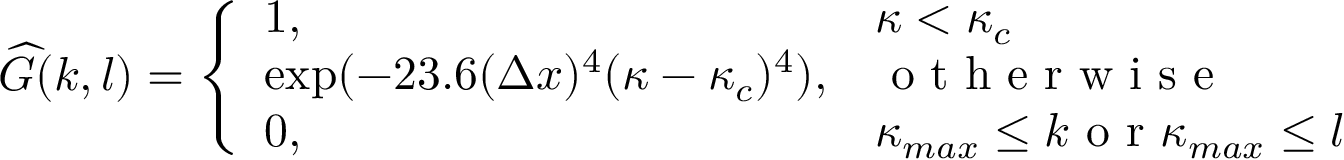
\widehat { G } ( k , l ) = \left\{ \begin{array} { l l } { 1 , } & { \kappa < \kappa _ { c } } \\ { \exp ( - 2 3 . 6 ( \Delta x ) ^ { 4 } ( \kappa - \kappa _ { c } ) ^ { 4 } ) , } & { \mathrm { ~ o ~ t ~ h ~ e ~ r ~ w ~ i ~ s ~ e ~ } } \\ { 0 , } & { \kappa _ { m a x } \leq k \mathrm { ~ o ~ r ~ } \kappa _ { m a x } \leq l } \end{array} \right.